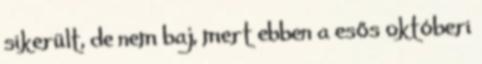
sikerült, de nem baj, mert ebben a esős októberi